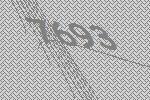
7693